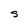
Character: s